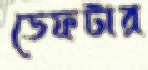
ডেফটার